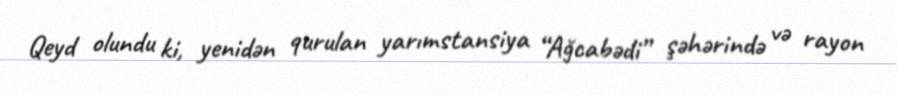
Qeyd olundu ki, yenidən qurulan yarımstansiya “Ağcabədi” şəhərində və rayon